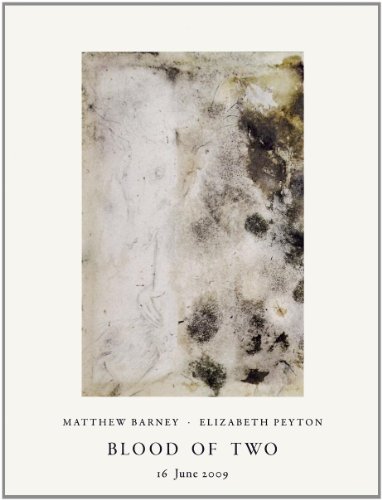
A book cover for Matthew Barney & Elizabeth Peyton: Blood of Two; Angus Cook; Arts & Photography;